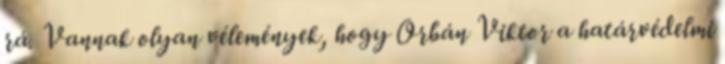
rá. Vannak olyan vélemények, hogy Orbán Viktor a határvédelmi